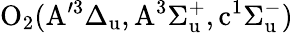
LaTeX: \mathrm{O_{2}(A^{\prime 3}\Delta_{u},A^{3}\Sigma_{u}^{+},c^{1}\Sigma_{u}^{-})}